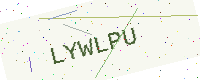
Text: LYWLPU